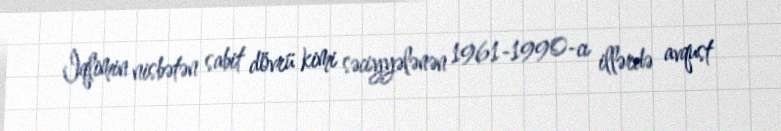
İqlimin nisbətən sabit dövrü kimi səciyyələnən 1961-1990-cı illərdə avqust